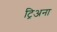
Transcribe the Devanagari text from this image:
ट्रिअना